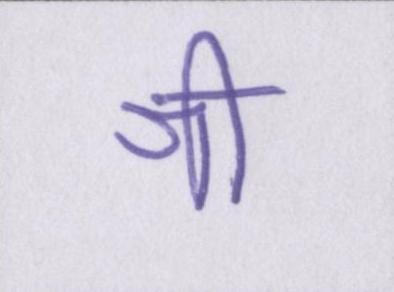
श्री